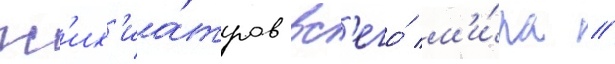
пс'их'иа́тров вс'его́ м'и́ра //